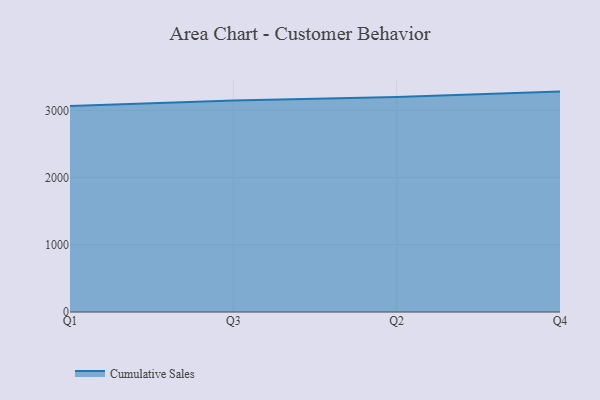
{"axis": {"x": "Quarter", "y": "Latency (ms)"}, "legend": ["Cumulative Sales"], "data": [{"x": "Q1", "y": 3065.7, "type": "Cumulative Sales"}, {"x": "Q3", "y": 3146.9, "type": "Cumulative Sales"}, {"x": "Q2", "y": 3199.1, "type": "Cumulative Sales"}, {"x": "Q4", "y": 3278.9, "type": "Cumulative Sales"}]}